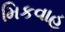
મિકવાહ